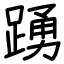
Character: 踴